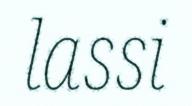
lassi